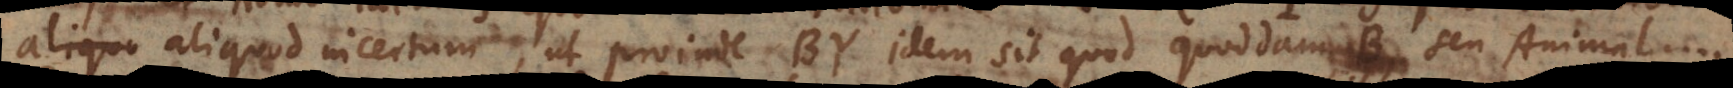
aliqu aliquod incertum, ut proinde BY idem sit quod quoddam B seu Animal....